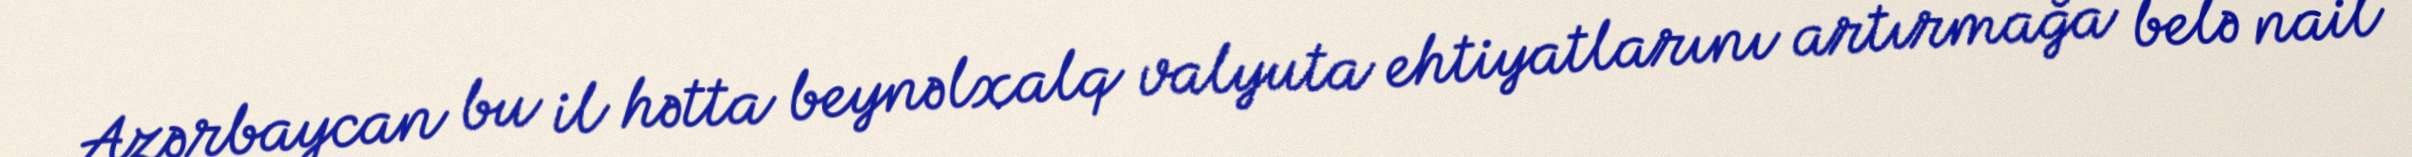
Azərbaycan bu il hətta beynəlxalq valyuta ehtiyatlarını artırmağa belə nail